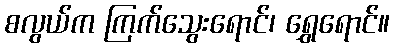
စလွယ်က ကြက်သွေးရောင်၊ ရွှေရောင်။